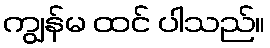
ကျွန်မ ထင် ပါသည်။